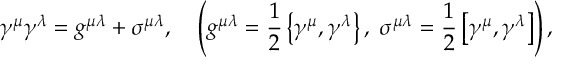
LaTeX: \gamma ^ { \mu } \gamma ^ { \lambda } = g ^ { \mu \lambda } + \sigma ^ { \mu \lambda } , \ \ \ \left( g ^ { \mu \lambda } = \frac { 1 } { 2 } \left\{ \gamma ^ { \mu } , \gamma ^ { \lambda } \right\} , \ \sigma ^ { \mu \lambda } = \frac { 1 } { 2 } \left[ \gamma ^ { \mu } , \gamma ^ { \lambda } \right] \right) ,